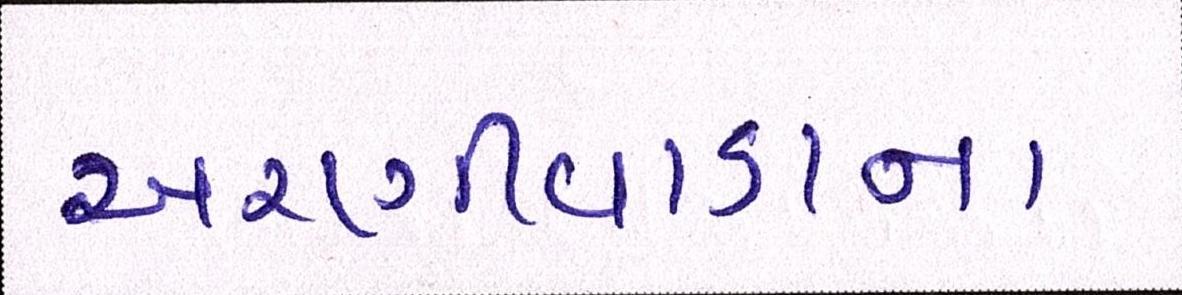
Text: અરણીવાડાના